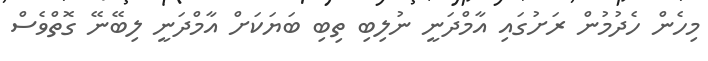
މިހެން ހެދުމުން ރަށުގައި އާމްދަނީ ނުލިބި ތިބި ބަޔަކަށް އާމްދަނީ ލިބޭނޭ ގޮތްވެސް